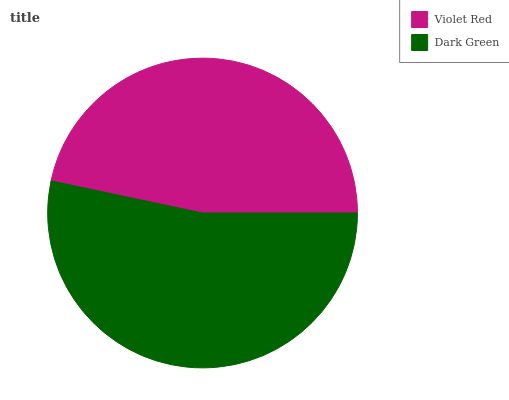
| Violet Red | Dark Green |
 | --- | --- |
 | 46.7% | 53.3% |